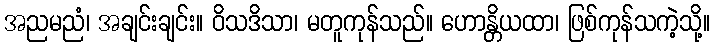
အညမညံ၊ အချင်းချင်း။ ဝိသဒိသာ၊ မတူကုန်သည်။ ဟောန္တိယထာ၊ ဖြစ်ကုန်သကဲ့သို့။